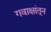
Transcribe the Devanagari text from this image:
गवाक्षांतून